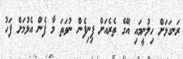
ރަނގަޅަށް ހިލުނީމައި އޭގެ ތެރެއަށް ފިނިފެން ނުވަތަ މާ ފެން އެޅުމަށް ފަހު